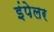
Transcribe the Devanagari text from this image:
इंपेलर